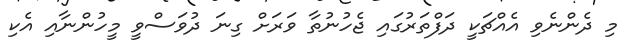
މި ދެންނެވި އެއްޗަކީ ދަފްތަރުގައި ޖެހުނުތާ ވަރަށް ގިނަ ދުވަސްވީ މީހުންނާއި އެކި